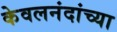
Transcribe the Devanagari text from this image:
केवलनंदांच्या